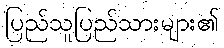
ပြည်သူပြည်သားများ၏